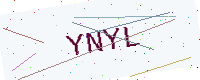
Text: YNYL